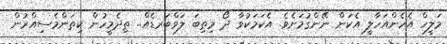
މަލީހް އެހެންއަހާލީ އެކަން ނޭންގުމަށެވެ. އެކަމަކުވާ ދޯ މިތިބަ ލަވްބަރޑެއް.. ތިދެމީހުން ކިތަންމެސިއްރުން